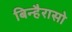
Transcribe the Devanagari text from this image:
बिन्हैरासो